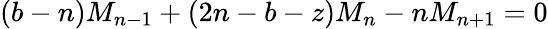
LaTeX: (b-n)M_{n-1}+(2n-b-z)M_{n}-nM_{n+1}=0